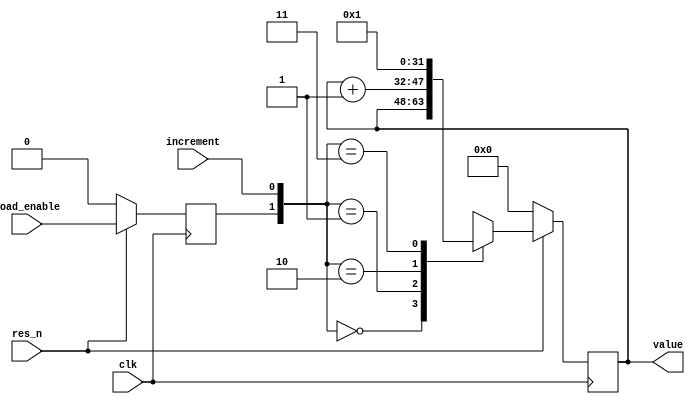
/*
 *                              .--------------. .----------------. .------------.
 *                             | .------------. | .--------------. | .----------. |
 *                             | | ____  ____ | | | ____    ____ | | |   ______ | |
 *                             | ||_   ||   _|| | ||_   \  /   _|| | | .' ___  || |
 *       ___  _ __   ___ _ __  | |  | |__| |  | | |  |   \/   |  | | |/ .'   \_|| |
 *      / _ \| '_ \ / _ \ '_ \ | |  |  __  |  | | |  | |\  /| |  | | || |       | |
 *       (_) | |_) |  __/ | | || | _| |  | |_ | | | _| |_\/_| |_ | | |\ `.___.'\| |
 *      \___/| .__/ \___|_| |_|| ||____||____|| | ||_____||_____|| | | `._____.'| |
 *           | |               | |            | | |              | | |          | |
 *           |_|               | '------------' | '--------------' | '----------' |
 *                              '--------------' '----------------' '------------'
 *
 *  openHMC - An Open Source Hybrid Memory Cube Controller
 *  (C) Copyright 2014 Computer Architecture Group - University of Heidelberg
 *  www.ziti.uni-heidelberg.de
 *  B6, 26
 *  68159 Mannheim
 *  Germany
 *
 *  Contact: openhmc@ziti.uni-heidelberg.de
 *  http://ra.ziti.uni-heidelberg.de/openhmc
 *
 *   This source file is free software: you can redistribute it and/or modify
 *   it under the terms of the GNU Lesser General Public License as published by
 *   the Free Software Foundation, either version 3 of the License, or
 *   (at your option) any later version.
 *
 *   This source file is distributed in the hope that it will be useful,
 *   but WITHOUT ANY WARRANTY; without even the implied warranty of
 *   MERCHANTABILITY or FITNESS FOR A PARTICULAR PURPOSE.  See the
 *   GNU Lesser General Public License for more details.
 *
 *   You should have received a copy of the GNU Lesser General Public License
 *   along with this source file.  If not, see <http://www.gnu.org/licenses/>.
 *
 *
 *  Module name: openhmc_counter48
 *
 */

`default_nettype none

module openhmc_counter48 #(
        parameter DATASIZE  = 16    // width of the counter, must be <=48 bits!
    ) (
        input wire                  clk,
        input wire                  res_n,
        input wire                  increment,
        input wire                  load_enable,
        output wire [DATASIZE-1:0]  value
);

    reg [DATASIZE-1:0]  value_reg;
    reg                 load_enable_reg;

    assign value    = value_reg;

    `ifdef ASYNC_RES
    always @(posedge clk or negedge res_n) `else
    always @(posedge clk) `endif
    begin
        if(!res_n) begin
            value_reg               <= {DATASIZE{1'b0}};
            load_enable_reg         <= 1'b0;
        end else begin
            load_enable_reg         <= load_enable;
            case ({load_enable_reg,increment})
                    2'b00:
                        value_reg   <= value_reg;
                    2'b01:
                        value_reg   <= (value_reg + 1'b1);
                    2'b10:
                        value_reg   <= {DATASIZE{1'b0}};
                    2'b11:
                        value_reg   <= {DATASIZE{1'b0}} + 1'b1;
            endcase
        end
    end

endmodule
`default_nettype wire